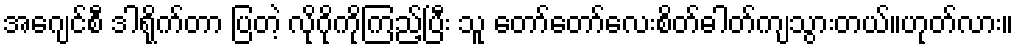
အေဂျင်စီ ဒါရိုက်တာ ပြတဲ့ လိုဂိုကိုကြည့်ပြီး သူ တော်တော်လေးစိတ်ဓါတ်ကျသွားတယ်။ဟုတ်လား။